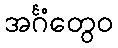
အင်္ဂံတွေဝ